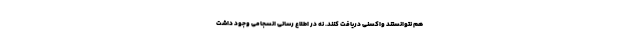
هم نتوانستند واکسنی دریافت کنند. نه در اطلاع رسانی انسجامی وجود داشت